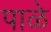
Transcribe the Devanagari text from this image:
पाळे